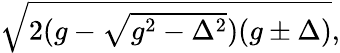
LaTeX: \begin{array}{r}{\sqrt{2(g-\sqrt{g^{2}-\Delta^{2}})(g\pm\Delta)},}\end{array}